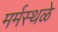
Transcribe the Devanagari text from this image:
मर्मस्थळे